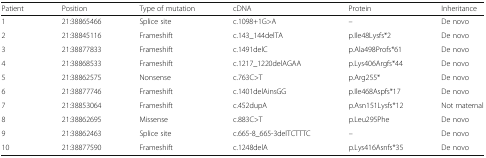
| Patient | Position | Type of mutation | cDNA | Protein | Inheritance |
 | --- | --- | --- | --- | --- | --- |
 | 1 | 21:38865466 | Splice site | c.1098+1G>A | – | De novo |
 | 2 | 21:38845116 | Frameshift | c.143_144delTA | p.Ile48Lysfs*2 | De novo |
 | 3 | 21:38877833 | Frameshift | c.1491delC | p.Ala498Profs*61 | De novo |
 | 4 | 21:38868533 | Frameshift | c.1217_1220delAGAA | p.Lys406Argfs*44 | De novo |
 | 5 | 21:38862575 | Nonsense | c.763C>T | p.Arg255* | De novo |
 | 6 | 21:38877746 | Frameshift | c.1401delAinsGG | p.Ile468Aspfs*17 | De novo |
 | 7 | 21:38853064 | Frameshift | c.452dupA | p.Asn151Lysfs*12 | Not maternal |
 | 8 | 21:38862695 | Missense | c.883C>T | p.Leu295Phe | De novo |
 | 9 | 21:38862463 | Splice site | c.665-8_665-3delTCTTTC | – | De novo |
 | 10 | 21:38877590 | Frameshift | c.1248delA | p.Lys416Asnfs*35 | De novo |